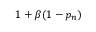
1 + \beta ( 1 - p _ { n } )